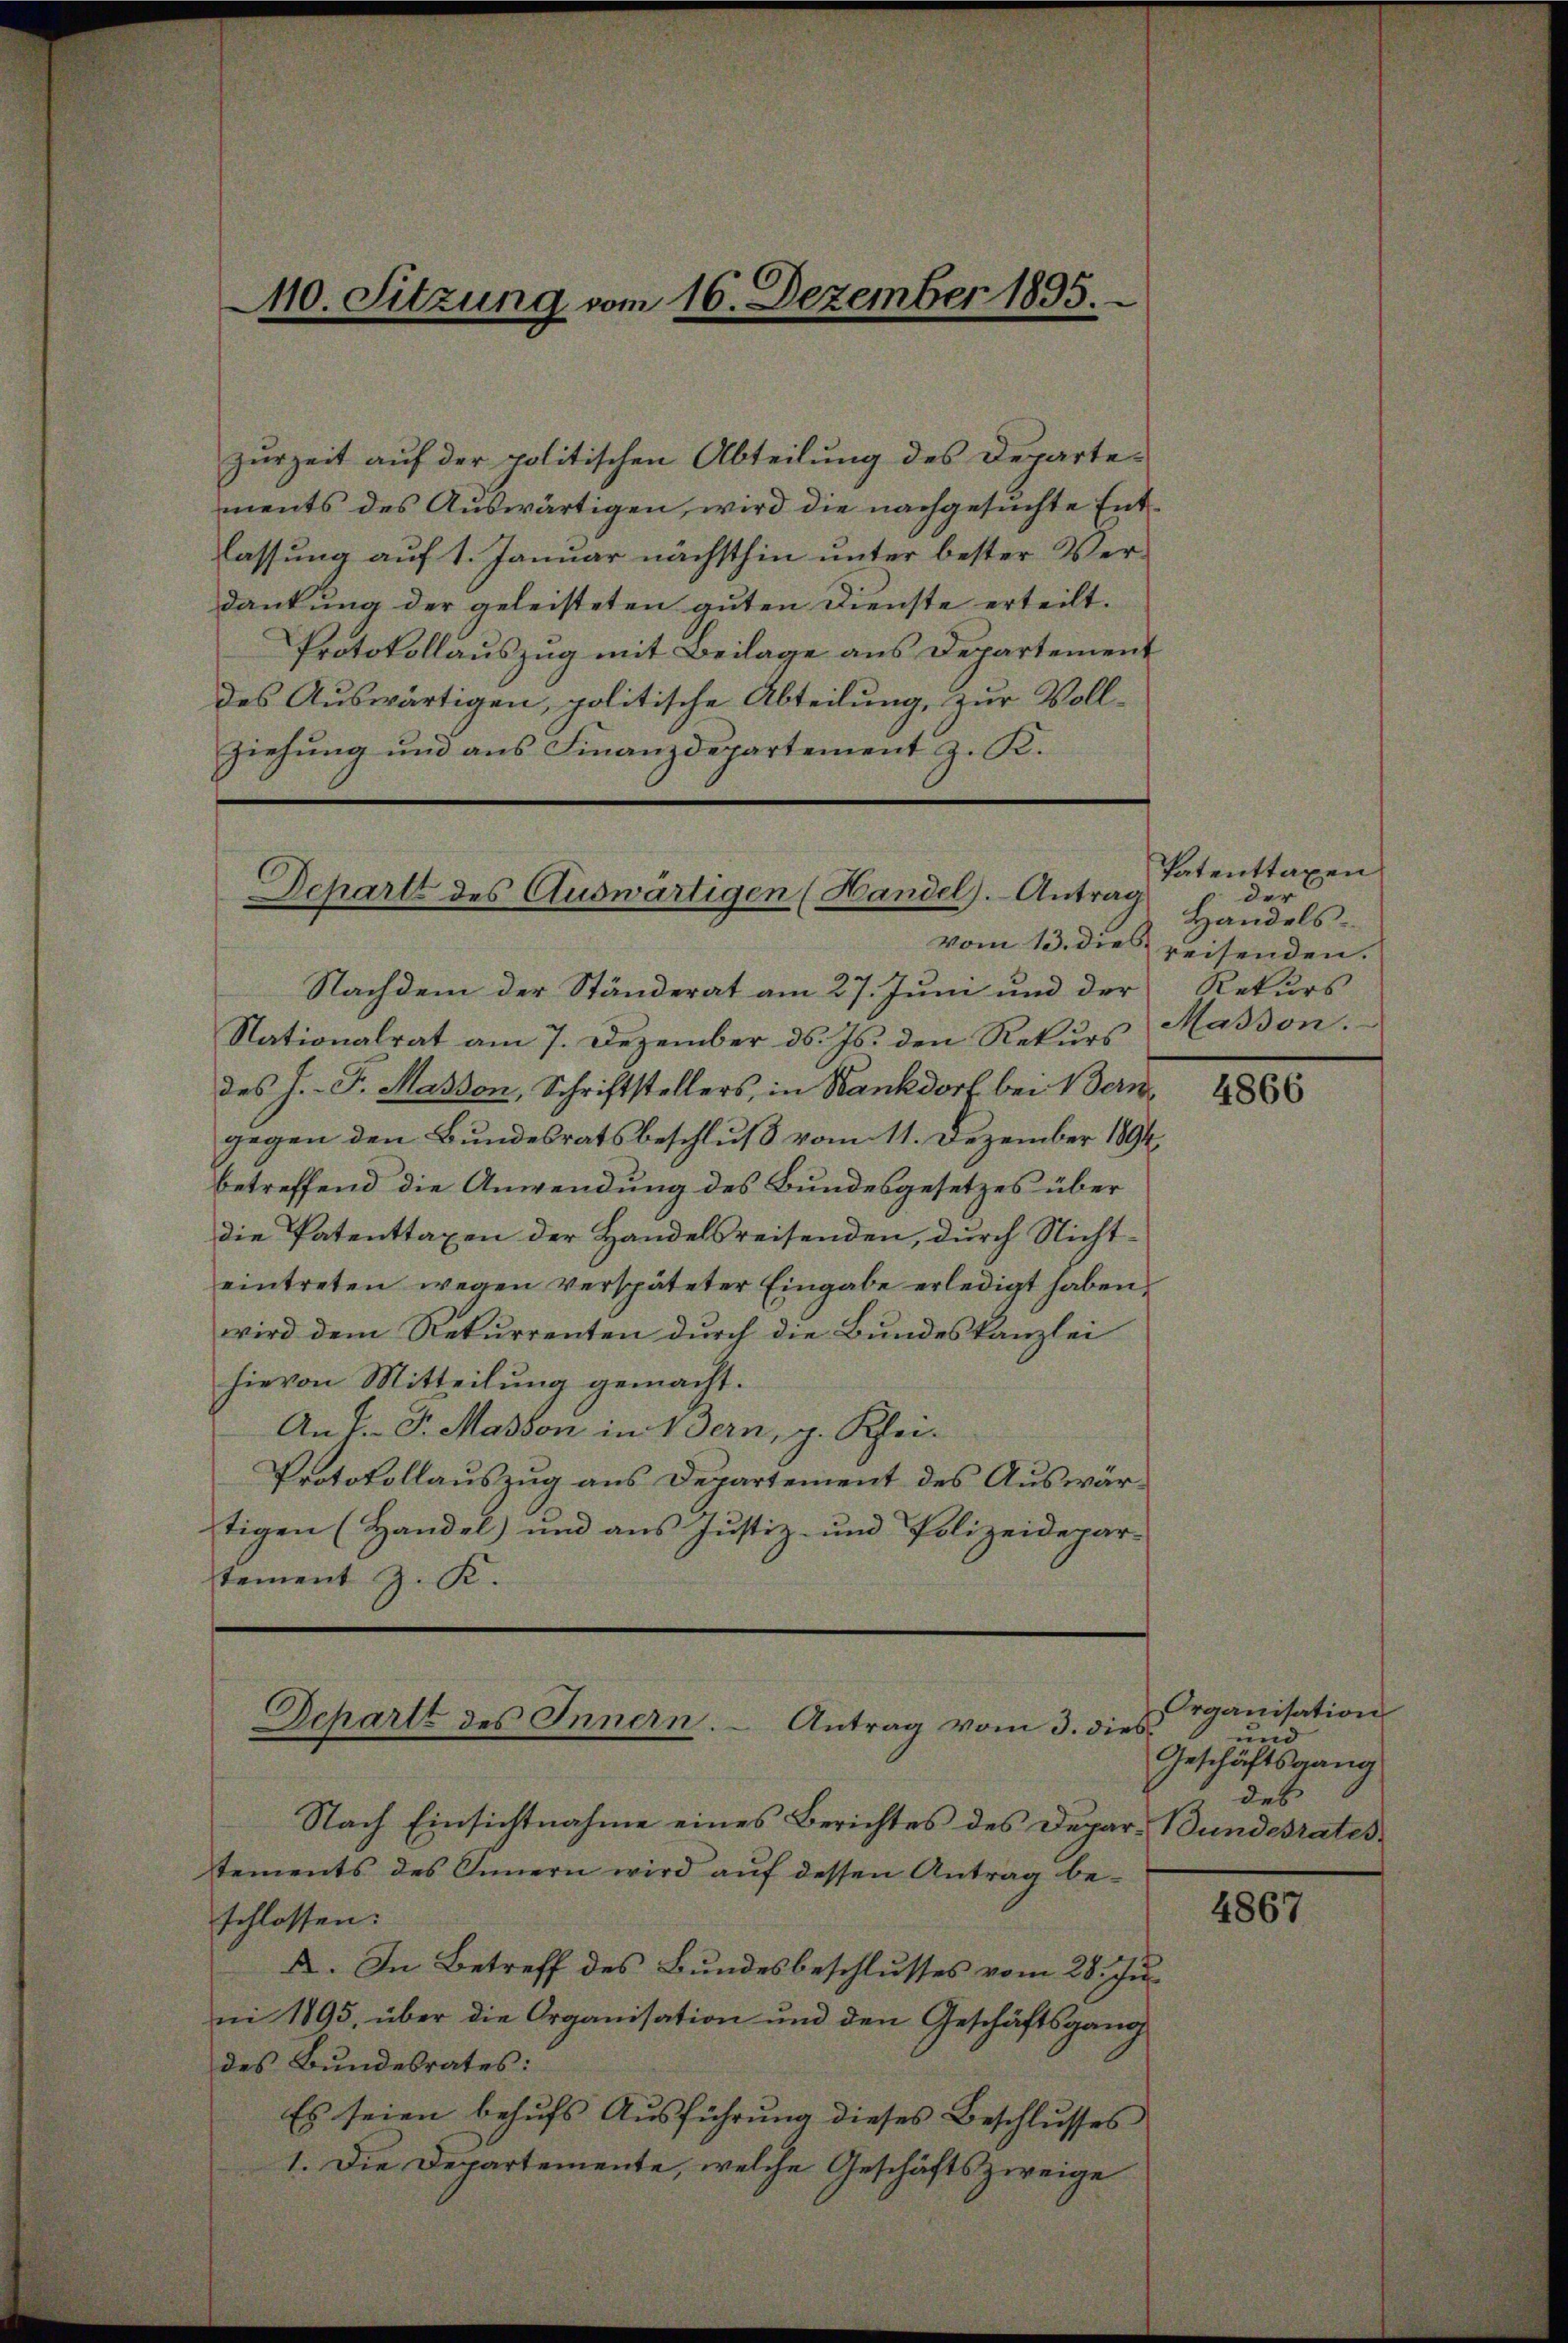
zurzeit auf der politischen Abteilung des Departements des Auswärtigen, wird die nachgesuchte Entlassung auf 1. Januar nächsthin unter bester Verdankung der geleisteten guten Dienste erteilt.
Protokollauszug mit Beilage aus Departement
des Auswärtigen, politische Abteilung, zur Vollziehung und aus Finanzdepartement z. K.

10. Sitzung vom 16. Dezember 1895.

Schartt des Auswärtigen (Handel).- Antrag
vom 13. Dieb

Nachdem der Ständerat am 27. Juni und der
Nationalrat am 7. Dezember d. Js. den Rekurs
des J. F. Masson, Schriftstellers, in Bankdorf bei Bern
gegen den Bundesratsbeschluß vom 11. Dezember 1894,
betreffend die Anwendung des Bundesgesetzes über
die Patenttaxen der Handelsreisenden, durch Nichteintreten wegen verspäteter Eingabe erledigt haben,
wird dem Rekurrenten durch die Bundeskanzlei
hievon Mitteilung gemacht.
Anf. G. Masson in Bern, g. Klei-
Protokollauszug aus Departement des Auswärtigen (Handel) und aus Justiz- und Polizeidepar-
tement z. K.

Departt des Innern. Antrag vom 3. dies

Nach Einsichtnahme eines Berichtes des Depar- Bundesrates
tements des Innern wird aŭf dessen Antrag be-
schlossen:
A. In Betreff des Bundesbeschlusses vom 28. Ju
ni 1895, über die Organisation und den Geschäftsgang
des Bundesrates:
Es seien behufs Ausführung dieses Beschlusses
1. Die Departemente, welche Geschäftszweige

Patenttaxen
der
Handelsreisenden.
Rekurs
Masson.

4866

Organisation
und
Geschäftsgang
des

4867